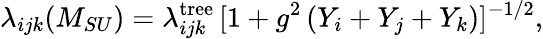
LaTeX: \lambda_{ijk}(M_{SU})=\lambda_{ijk}^{\mathrm{tree}}\, [1+g^{2}\, (Y_{i}+Y_{j}+Y_{k})]^{-1/2},